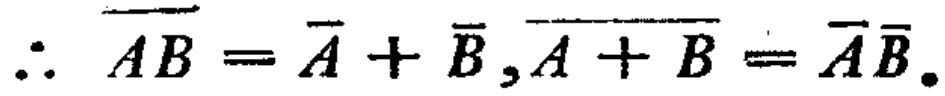
\(\therefore \overline{AB}=\overline{A}+\overline{B},\overline{A + B}=\overline{A}\overline{B}.\)